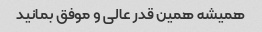
همیشه همین قدر عالی و موفق بمانید